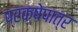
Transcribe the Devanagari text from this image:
प्रक्षेपात्र